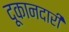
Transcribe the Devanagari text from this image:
दूकानदारी